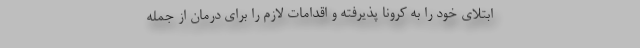
ابتلای خود را به کرونا پذیرفته و اقدامات لازم را برای درمان از جمله